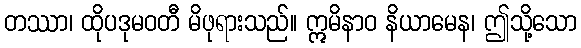
တဿာ၊ ထိုပဒုမဝတီ မိဖုရားသည်။ ဣမိနာဝ နိယာမေန၊ ဤသို့သော